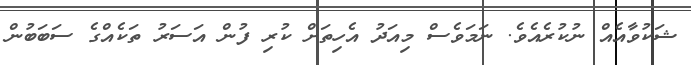
ޝަކުވާއެއް ނުކުރެއެވެ. ނަމަވެސް މިއަދު އެހިތަށް ކުރި ފުން އަސަރު ތަކެއްގެ ސަބަބުން